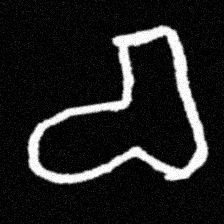
Pyu character \u2014 Myanmar letter: စ (romanized: ca)